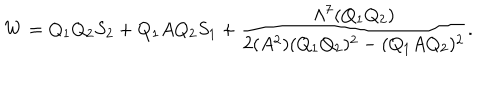
LaTeX: W = Q _ { 1 } Q _ { 2 } S _ { 2 } + Q _ { 1 } A Q _ { 2 } S _ { 1 } + \frac { \Lambda ^ { 7 } ( Q _ { 1 } Q _ { 2 } ) } { 2 ( A ^ { 2 } ) ( Q _ { 1 } Q _ { 2 } ) ^ { 2 } - ( Q _ { 1 } A Q _ { 2 } ) ^ { 2 } } .